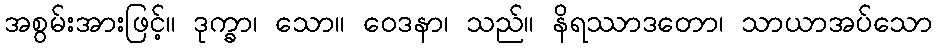
အစွမ်းအားဖြင့်။ ဒုက္ခာ၊ သော။ ဝေဒနာ၊ သည်။ နိရဿာဒတော၊ သာယာအပ်သော